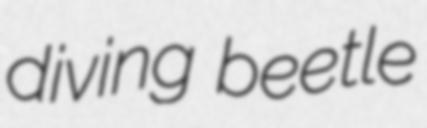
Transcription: diving beetle